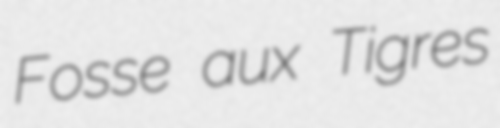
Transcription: Fosse aux Tigres